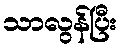
သာလွန်ပြီး